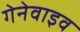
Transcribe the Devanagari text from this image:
गेनेवाइव